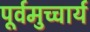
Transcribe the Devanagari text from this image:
पूर्वमुच्चार्य